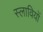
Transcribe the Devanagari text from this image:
स्लावियों